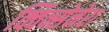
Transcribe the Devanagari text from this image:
क्विन्सेनेरा